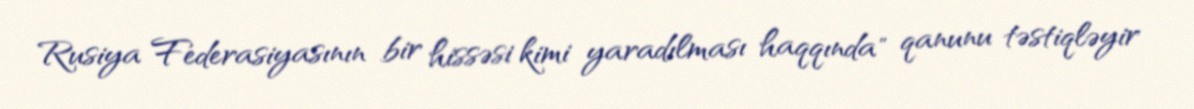
Rusiya Federasiyasının bir hissəsi kimi yaradılması haqqında" qanunu təstiqləyir